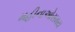
મહીનાઓસમય